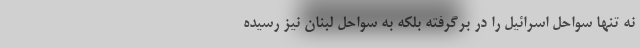
نه تنها سواحل اسرائیل را در برگرفته بلکه به سواحل لبنان نیز رسیده